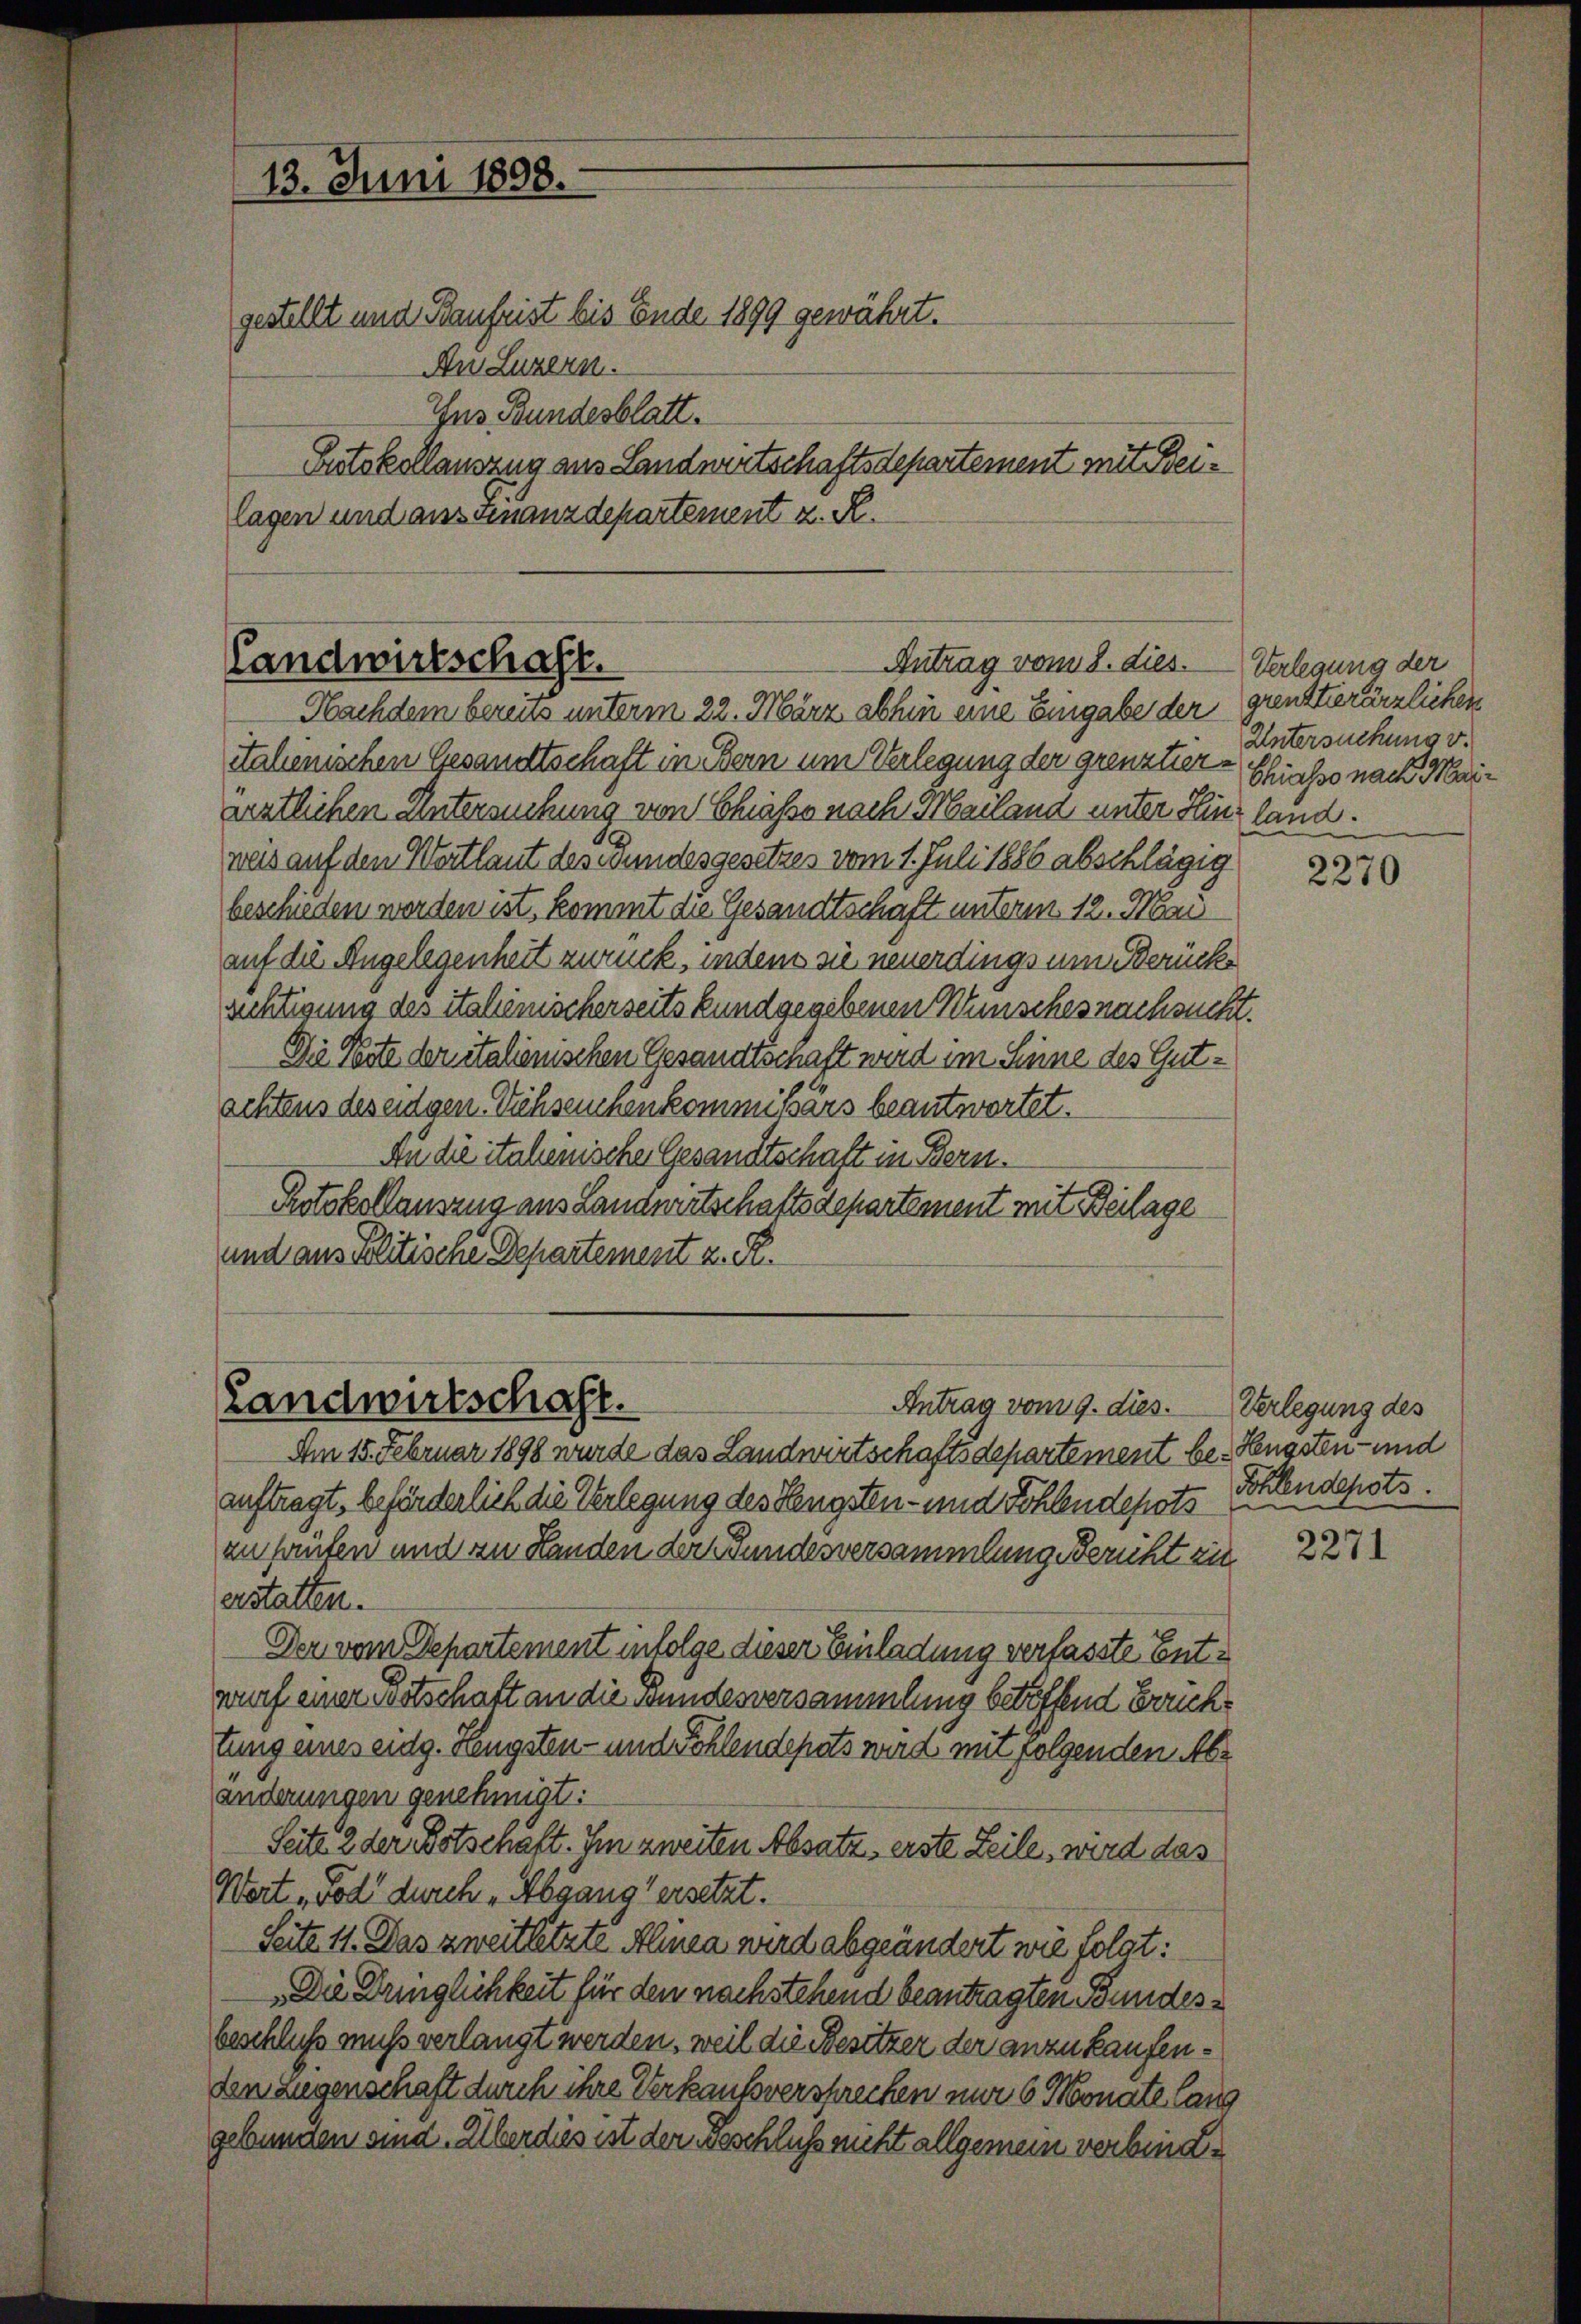
13. Juni 1898.
An Luzern.
Ins Bundesblatt

gestellt und Baufrist bis Ende 1899 gewährt.
lagen und auseinanzdepartement z. R.

Ertskollauszug aus Landwirtschaftsdepartement mit Bei¬

Antrag vom 8. dies.
Landwirtschaft.
Nachdem bereus unterm 22. März abhin eine Eingabe der

Stahenischen Gesandtschaft in Bern um Verlegung der grenztier-Chiasso nach Maiärtlichen untersuchung von Schieße nach Mailand unter Hinz land.
weis auf den Wortlaut des Bundesgesetzes vom 1. Juli 1886 abschlägig
beschieden werden ist, kommt die Gesandtschaft unterm 12. Mai
auf die Angelegenheit zurück, indem sie neuerdings um Berücke
rechtigung des Stahemischerseits kundgegebenen Wünsches nachsucht.
Die Bote der italienischen Gesandtschaft wird im Sinne des Gutschtens des eidgen. Viehseuchenkommissärs beantwortet.
An die italienische Gesandtschaft in Bern.
Protokollausung aus Landwirtschaftsdepartement mit Beilage
und aus Politische Departement z. R.

Landwirtschaft.
Antrag vom 9. dies.

Am 15. Februar 1898 wurde das Landwirtschaftsdepartement be- Hengsten- und
auftragt, beförderlich die Verlegung des Hengsten- und Sohlendepots
zu hauten und an Landen der undesversammlung Bericht zu
erstatten.
Der vom Departement infolge dieser Einladung verfasste Entwurf einer Mitschaft an die Bundesversammlung betreffend Errichtung eines eidg. Hengsten- und Sohlendepots wird mit folgenden Abänderungen genehmigt:
Seite 2 der Botschaft. Im zweiten Absatz erste Zeile, wird das
Wort Tod durch Abgang ersetzt.
Seite 11. Das zweitletzte Almen wird abgeändert wie folgt:
„Die Dringlichkeit für den nachstehend beantragten Bundesbeschluss muss verlangt werden, weil die Besitzer der anzukaufenden Liegenschaft durch ihre Verkaufsversprechen nur 6 Monate lang
gebungen sind. Überdies ist der Beschluss nicht allgemein verbind¬

Verlegung der
grenzterärzlichen
Untersuchung v.

2270

Verlegung des
Dohlendepots.

2271